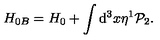
H _ { 0 B } = H _ { 0 } + \int \mathrm { d } ^ { 3 } x \eta ^ { 1 } \mathcal { P } _ { 2 } .